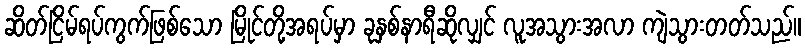
ဆိတ်ငြိမ်ရပ်ကွက်ဖြစ်သော မြိုင်တို့အရပ်မှာ ခုနှစ်နာရီဆိုလျှင် လူအသွားအလာ ကျဲသွားတတ်သည်။